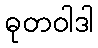
ဓုတဝါဒါ